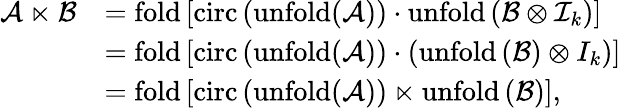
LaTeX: \begin{array}{rl}{\mathcal{A}\ltimes\mathcal{B}}&{=\mathrm{fold}\left[\mathrm{circ}\left(\mathrm{unfold(\mathcal{A})}\right)\cdot\mathrm{unfold}\left(\mathcal{B}\otimes\mathcal{I}_{k}\right)\right]}\\ &{=\mathrm{fold}\left[\mathrm{circ}\left(\mathrm{unfold(\mathcal{A})}\right)\cdot(\mathrm{unfold}\left(\mathcal{B}\right)\otimes{I}_{k})\right]}\\ &{=\mathrm{fold}\left[\mathrm{circ}\left(\mathrm{unfold(\mathcal{A})}\right)\ltimes\mathrm{unfold}\left(\mathcal{B}\right)\right],}\end{array}